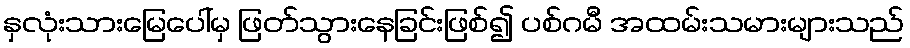
နှလုံးသားမြေပေါ်မှ ဖြတ်သွားနေခြင်းဖြစ်၍ ပစ်ဂမီ အထမ်းသမားများသည်